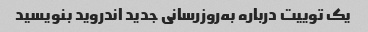
یک توییت درباره به‌روزرسانی جدید اندروید بنویسید